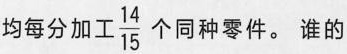
均每分加工\frac{14}{15}个同种零件。